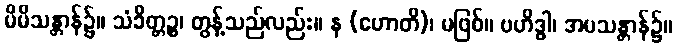
မိမိသန္တာန်၌။ သံခိတ္တဉ္စ၊ တွန့်သည်လည်း။ န (ဟောတိ)၊ မဖြစ်။ ဗဟိဒ္ဓါ၊ အပသန္တာန်၌။